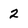
Character: 2